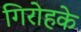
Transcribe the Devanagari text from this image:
गिरोहके